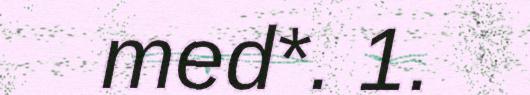
med*. 1.